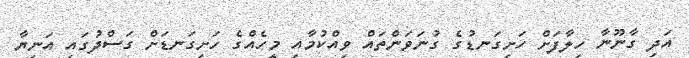
އަދި ގާނޫނާ ހިލާފަށް ހަށިގަނޑުގެ ގުނަވަންތައް ވިއްކުމާއި މީހެއްގެ ހަށިގަނޑަށް ގަސްދުގައި އަނިޔާ